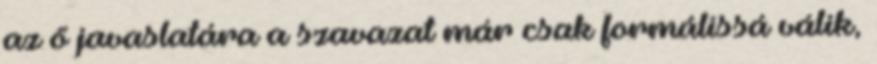
az ő javaslatára a szavazat már csak formálissá válik,